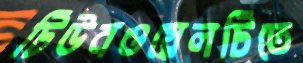
টিউবওয়েলটিতে